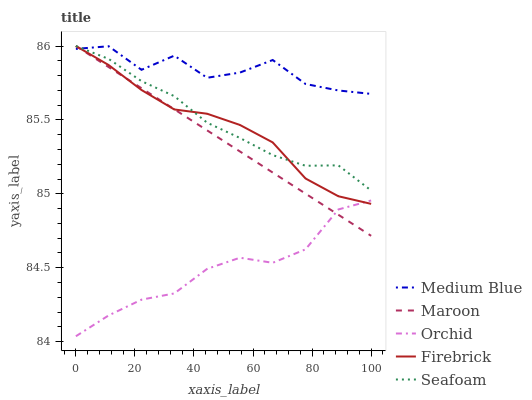
| xaxis_label | Medium Blue | Maroon | Orchid | Firebrick | Seafoam |
 | --- | --- | --- | --- | --- | --- |
 | 0 | 86 | 86 | 84 | 86 | 86 |
 | 11.1 | 86 | 85.9 | 84.2 | 85.9 | 85.9 |
 | 22.2 | 85.8 | 85.7 | 84.3 | 85.7 | 85.8 |
 | 33.3 | 85.9 | 85.6 | 84.3 | 85.6 | 85.7 |
 | 44.4 | 85.8 | 85.4 | 84.5 | 85.5 | 85.5 |
 | 55.6 | 85.8 | 85.3 | 84.6 | 85.5 | 85.4 |
 | 66.7 | 85.9 | 85.1 | 84.5 | 85.3 | 85.3 |
 | 77.8 | 85.7 | 85 | 84.6 | 85.1 | 85.2 |
 | 88.9 | 85.7 | 84.9 | 84.9 | 85 | 85.2 |
 | 100 | 85.7 | 84.7 | 85 | 84.9 | 85 |